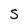
Character: S